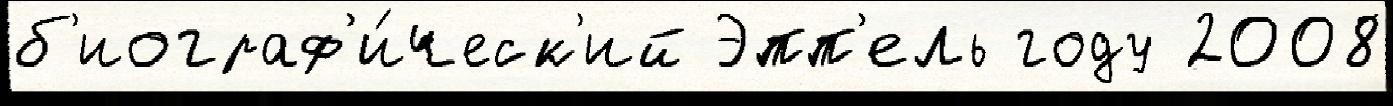
б'иограф'и́ческ'ий Эпп'ель году 2008